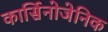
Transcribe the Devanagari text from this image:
कार्सिनोजेनिक